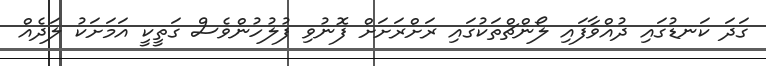
ގަދަ ކަނޑުގައި ދުއްވާފައި ލޯންޗްތަކުގައި ރަށްރަށަށް ފޮނުވި ފުލުހުންވެސް ގަތީކީ އަމަށަކު ލަދެއް